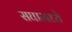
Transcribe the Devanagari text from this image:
सघामध्ये